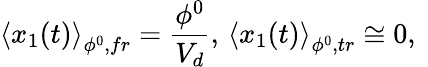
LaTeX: \left\langle x_{1}(t)\right\rangle_{\phi^{0},fr}=\frac{\phi^{0}}{V_{d}},\, \left\langle x_{1}(t)\right\rangle_{\phi^{0},tr}\cong 0,\